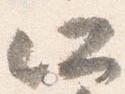
所